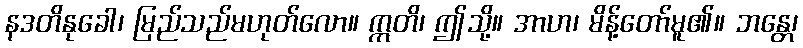
နဒတိနုခေါ၊ မြည်သည်မဟုတ်လော။ ဣတိ၊ ဤသို့။ အာဟ၊ မိန့်တော်မူ၏။ ဘန္တေ၊